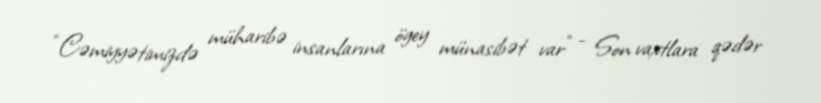
“Cəmiyyətimizdə müharibə insanlarına ögey münasibət var” - Son vaxtlara qədər